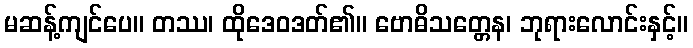
မဆန့်ကျင်ပေ။ တဿ၊ ထိုဒေဝဒတ်၏။ ဗောဓိသတ္တေန၊ ဘုရားလောင်းနှင့်။